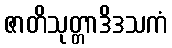
ဇာတိသုတ္တာဒိဒသကံ